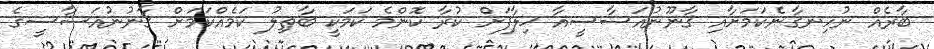
ބާރެއް ނުހިނގާނެކަމަށާއި ޤާނޫނުއަސާސީއާ ޚިލާފަށް ކުރާ ކޮންމެ ކަމަކީ ބާޠިލު ކަމެއްކަމަށް ޤާނުނުއަސާސީގެ